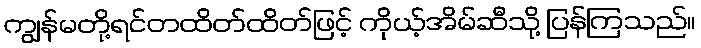
ကျွန်မတို့ရင်တထိတ်ထိတ်ဖြင့် ကိုယ့်အိမ်ဆီသို့ ပြန်ကြသည်။